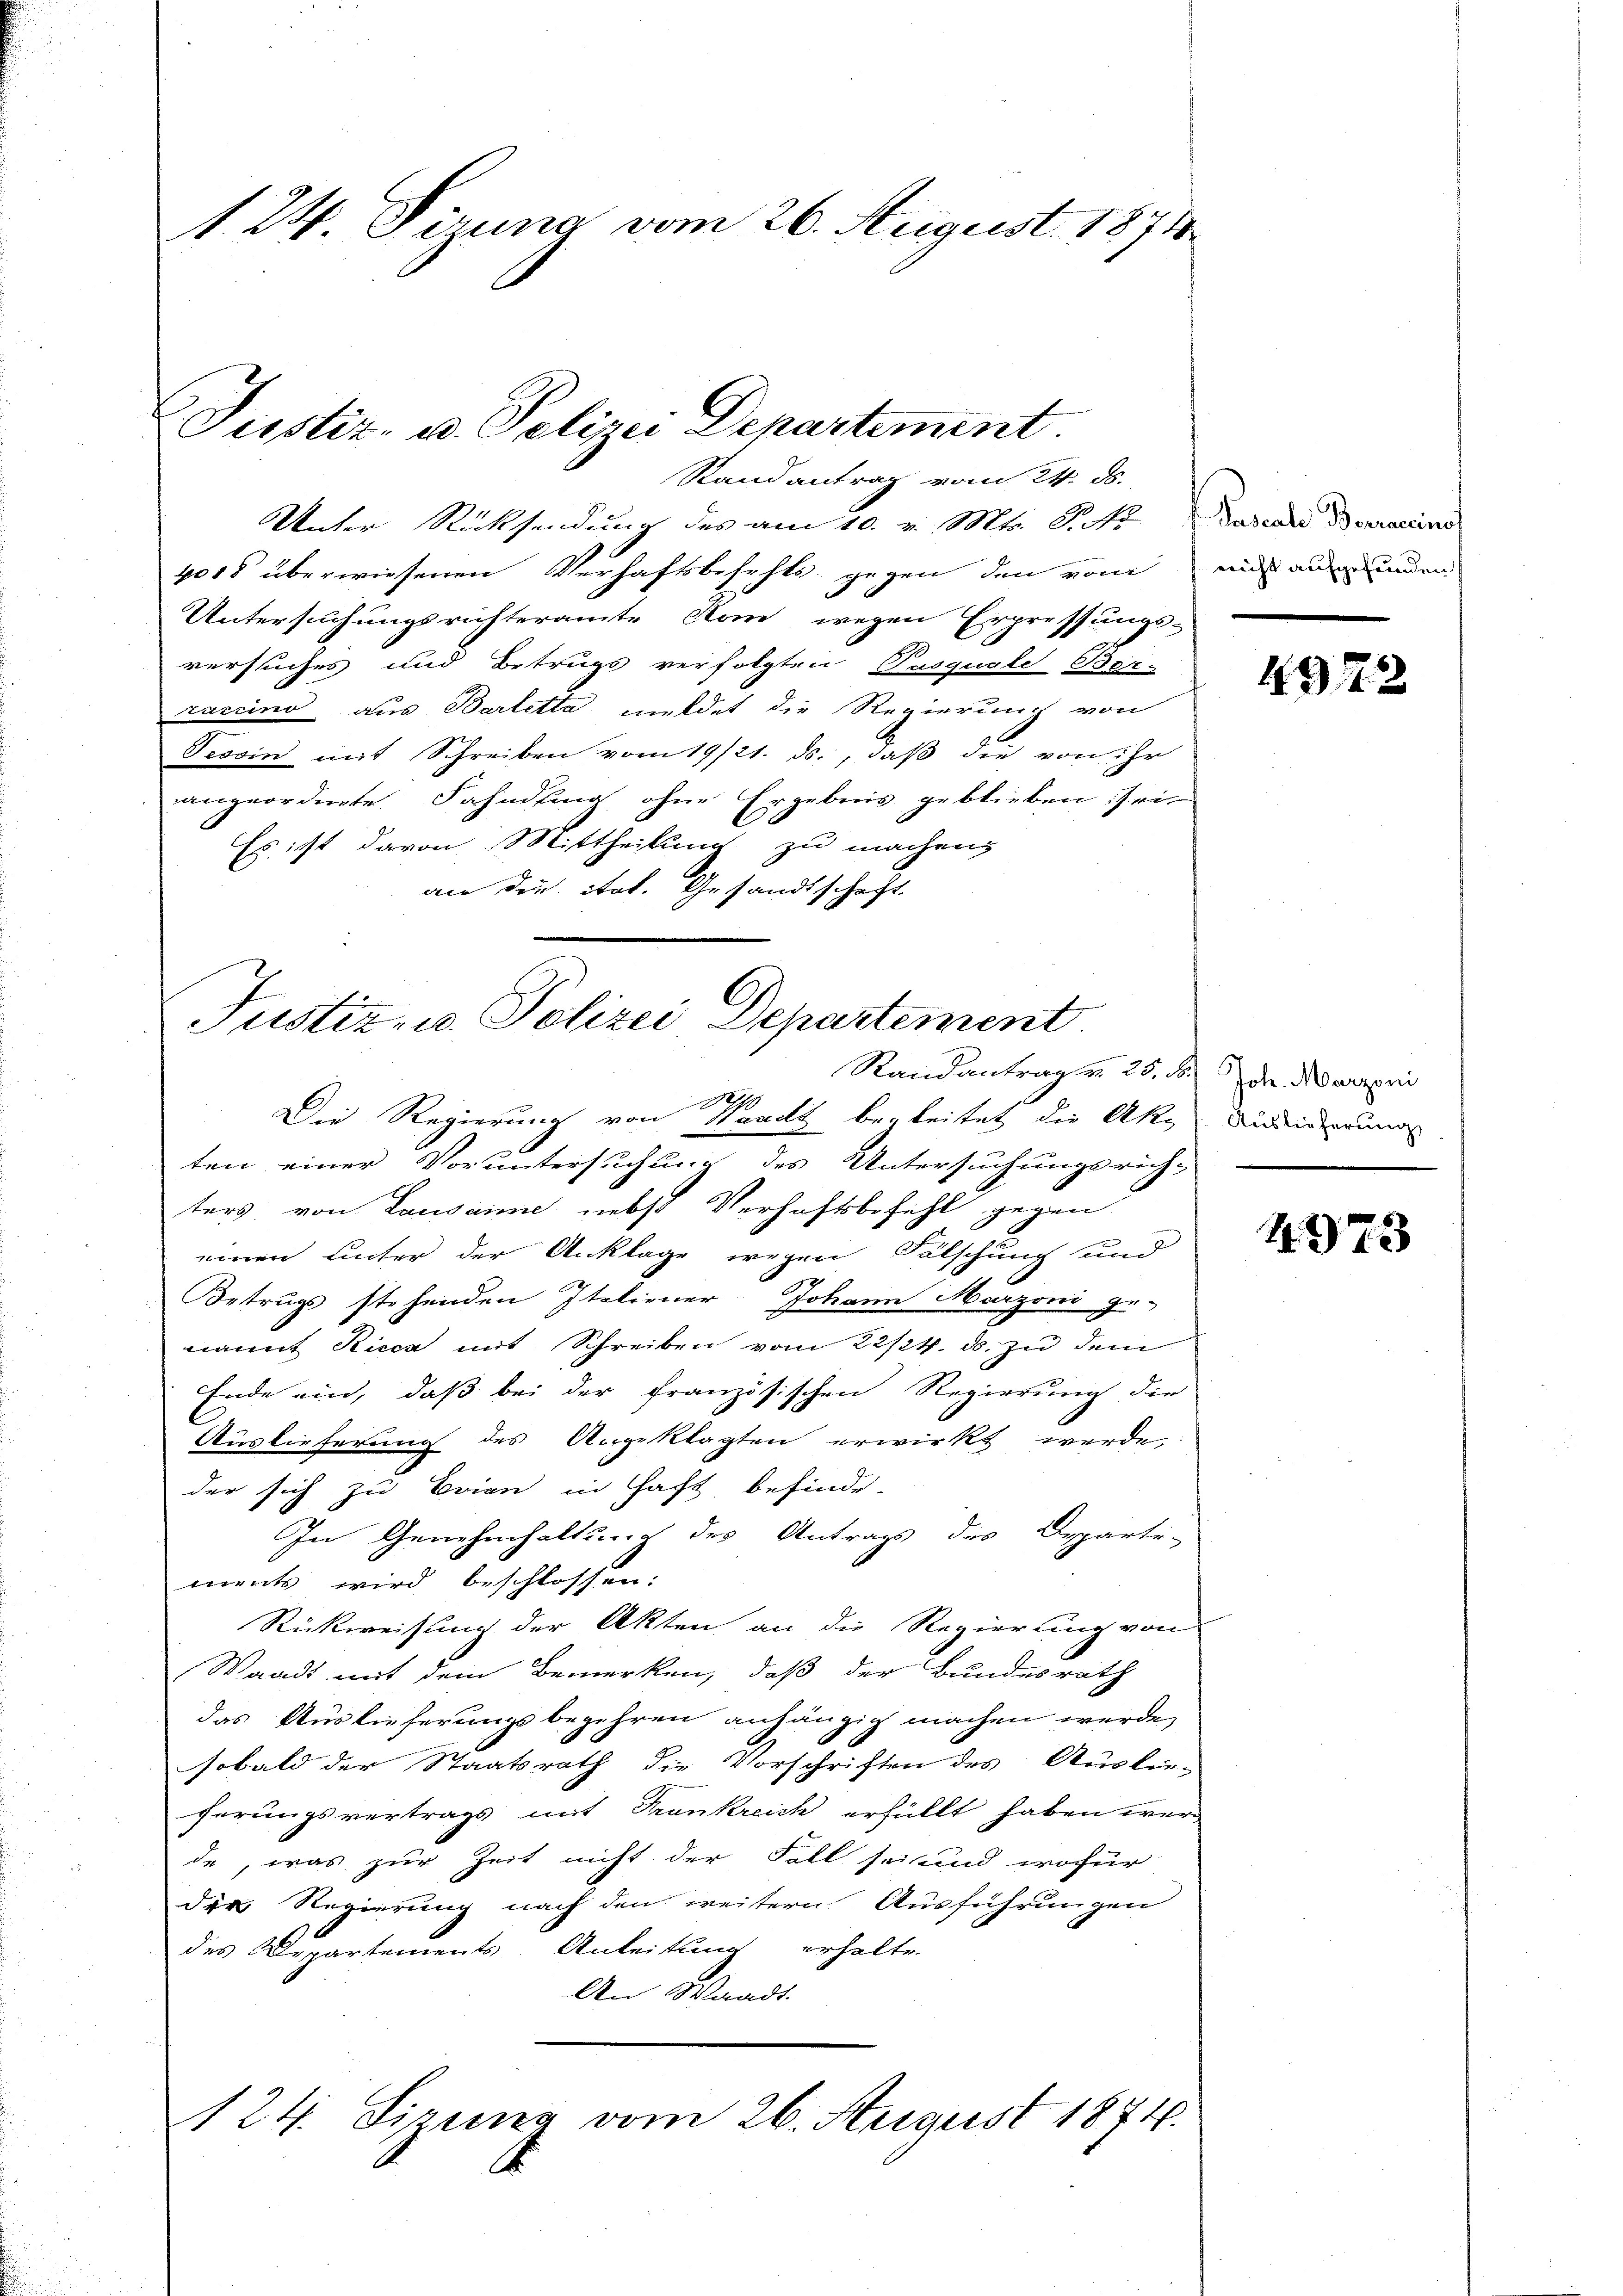
1. 24. Dirung vom 26. August 1871.

Justiz- u. Polizei Departement.
Randantrag vom 24. ds.

Unter Rücksendung des am 10. v. Mts. S.
4018 überwiesenen Verhaftsbefehls gegen den vom aus ausmunden
Untersuchungsrichteramte Rom wegen Erpressungsversuches und Betrugs verfolgten Pasquale Ber-
raccino aus Bartetta meldet die Regierung von
Fesoin mit Schreiben vom 19/21. ds., daß die von ihr
angeordnete. Fahndung ohne Ergebnis geblieben sei
Es ist davon Mittheilung zu machen,
an die Art. Gesandtschaft.

Justiz- u. Polizei Departement
Randantrag v. 25. B. Joh. Marzoni

Die Regierung von Waadt begleitet die Ak¬ Audierung
ten einer Voruntersuchung des Untersuchungsrich-
ters von Lausanne nebst Verhaftsbezahl gegen
einen unter der Anklage wegen Fälschung und
7
Betrugs stehenden Italiener Johann Marzoni ge-
amit Ricca mit Schreiben vom 22/24. ds. zu dem
Ende ein, daß bei der französischen Regierung die
Auslieferung des Angeklagten erwirkt werde,
der sich zu Erien in Haft befinde-
In Genehmhaltung des Antrags des Departe-
ments wird beschlossen.
Rückweisung der Akten an die Regierung von
Waadt mit dem Bemerken, daß der Bundesrath
das Auslieferungsbegehren anhängig machen werde,
sobald der Staatsrath die Vorschriften des Auslieferungsvertrags mit Frankreich erhüllt haben wer
de, was zur Zeit nicht der Fall sei und wofür
der Regierung nach den weitern Ausführungen
des Departements Anleitung erhalte
An Waadt.
124. Sirung vom 26. August 1874.

Pascale Berraccinof

492

4973